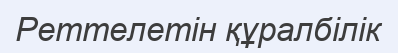
Реттелетін құралбілік